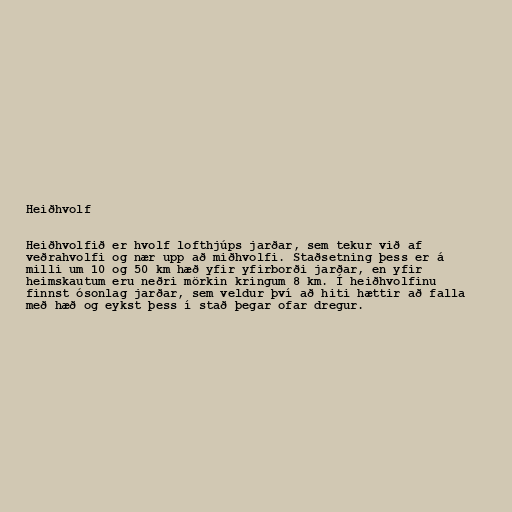
Heiðhvolf

Heiðhvolfið er hvolf lofthjúps jarðar, sem tekur við af
veðrahvolfi og nær upp að miðhvolfi. Staðsetning þess er á
milli um 10 og 50 km hæð yfir yfirborði jarðar, en yfir
heimskautum eru neðri mörkin kringum 8 km. Í heiðhvolfinu
finnst ósonlag jarðar, sem veldur því að hiti hættir að falla
með hæð og eykst þess í stað þegar ofar dregur.